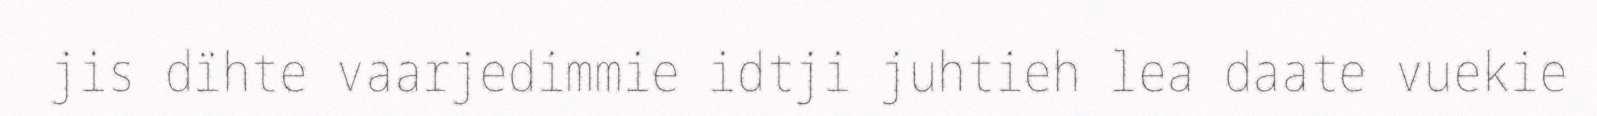
jis dïhte vaarjedimmie idtji juhtieh lea daate vuekie